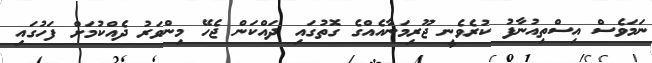
ނަމަވެސް އިސްތިއުނާފު ކުރެވެނީ ޖޫރިމަނާއެއްގެ ގޮތުގައި ދައްކަން ޖެހޭ މިންވަރު ދެއްކުމަށް ފަހުގައި